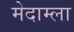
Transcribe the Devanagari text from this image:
मेदाम्ला